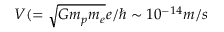
V ( = \sqrt { G m _ { p } m _ { e } } e / \hbar \sim 1 0 ^ { - 1 4 } m / s